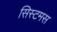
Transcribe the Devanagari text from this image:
सिस्टमस